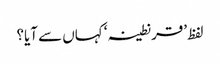
لفظ ’قرنطینہ‘ کہاں سے آیا؟